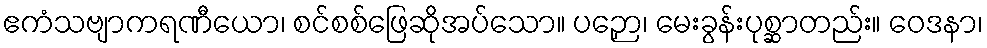
ဧကံသဗျာကရဏီယော၊ စင်စစ်ဖြေဆိုအပ်သော။ ပဉှော၊ မေးခွန်းပုစ္ဆာတည်း။ ဝေဒနာ၊